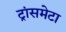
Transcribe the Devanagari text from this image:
ट्रांसमेटा